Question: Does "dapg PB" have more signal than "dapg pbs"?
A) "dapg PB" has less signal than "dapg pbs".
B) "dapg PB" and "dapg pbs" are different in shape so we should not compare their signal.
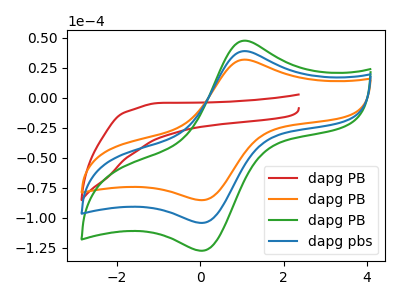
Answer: <think>The red curve "dapg PB" has no peaks. The orange curve "dapg PB" has an anodic peak at (1.05V, 31.90uA) and a cathodic peak at (0.05V, -85.15uA). The green curve "dapg PB" has an anodic peak at (1.05V, 78.00uA) and a cathodic peak at (0.05V, -208.25uA). The blue curve "dapg pbs" has an anodic peak at (1.05V, 39.00uA) and a cathodic peak at (0.05V, -104.15uA).
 All the peaks in "dapg PB" have a peak in "dapg pbs" at the same potential. Every peak in "dapg PB" is lower than every peak in "dapg pbs".</think>
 <answer>A) "dapg PB" has less signal than "dapg pbs".</answer>
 <eval>A</eval>